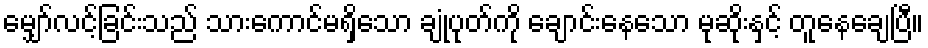
မျှော်လင့်ခြင်းသည် သားကောင်မရှိသော ချုံပုတ်ကို ချောင်းနေသော မုဆိုးနှင့် တူနေချေပြီ။